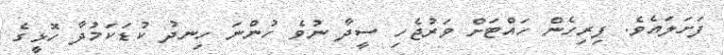
ފަށަލައެވެ. ފިރިހެން ހައްޓަށް ވަރުޖެހި ސީދާ ނުވެ ހުންނަ ހިނދު ކުޑަކަމުދާ ހޮޅީގެ